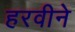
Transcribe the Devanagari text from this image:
हरवीने